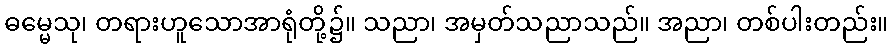
ဓမ္မေသု၊ တရားဟူသောအာရုံတို့၌။ သညာ၊ အမှတ်သညာသည်။ အညာ၊ တစ်ပါးတည်း။